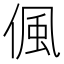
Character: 偑